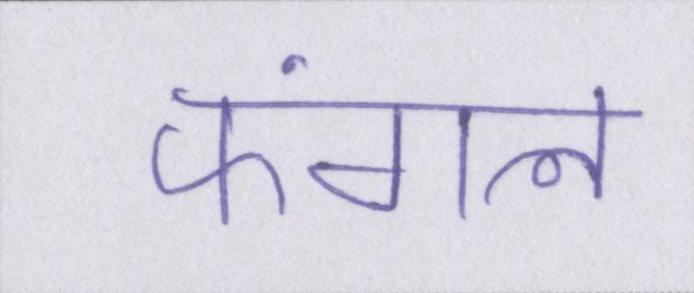
फंगल